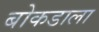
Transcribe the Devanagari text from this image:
बोकडाला